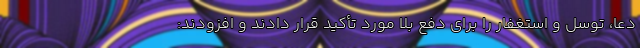
دعا، توسل و استغفار را برای دفع بلا مورد تأکید قرار دادند و افزودند: